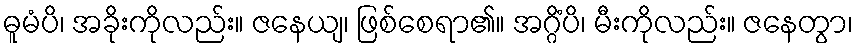
ဓူမံပိ၊ အခိုးကိုလည်း။ ဇနေယျ၊ ဖြစ်စေရာ၏။ အဂ္ဂိံပိ၊ မီးကိုလည်း။ ဇနေတွာ၊